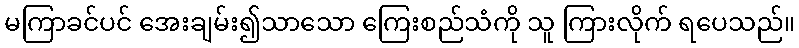
မကြာခင်ပင် အေးချမ်း၍သာသော ကြေးစည်သံကို သူ ကြားလိုက် ရပေသည်။